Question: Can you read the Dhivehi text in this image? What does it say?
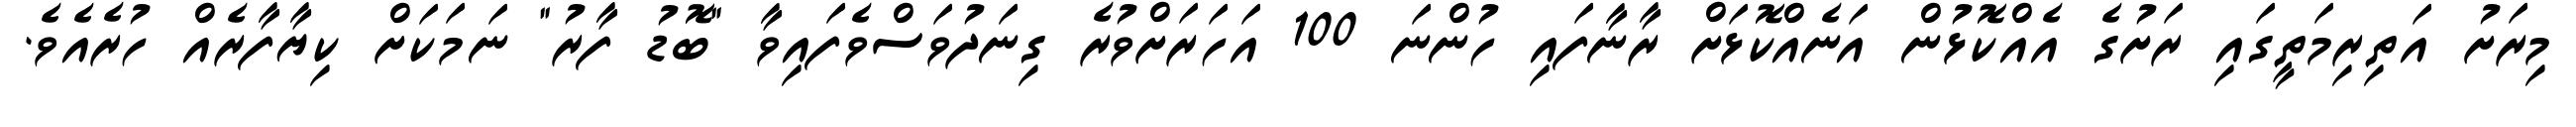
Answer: މިރަށު އަތިރިމަތީގައި ރަށުގެ އެއްކޮޅުން އަނެއްކޮޅަށް ރާނާފައި ހުންނަ 100 އަހަރަށްވުރެ ގިނަދުވަސްވެފައިވާ "ބޮޑު ފާރު" ނަމަކަށް ކިޔާފާރެއް ހުރެއެވެ.